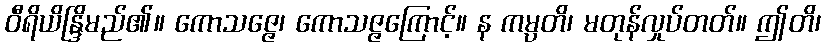
ဝီရိယိန္ဒြိမည်၏။ ကောသဇ္ဇေ၊ ကောသဇ္ဇကြောင့်။ န ကမ္ပတိ၊ မတုန်လှုပ်တတ်။ ဤတိ၊